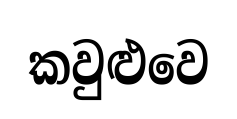
කවුළුවෙ